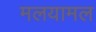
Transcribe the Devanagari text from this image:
मलयामल